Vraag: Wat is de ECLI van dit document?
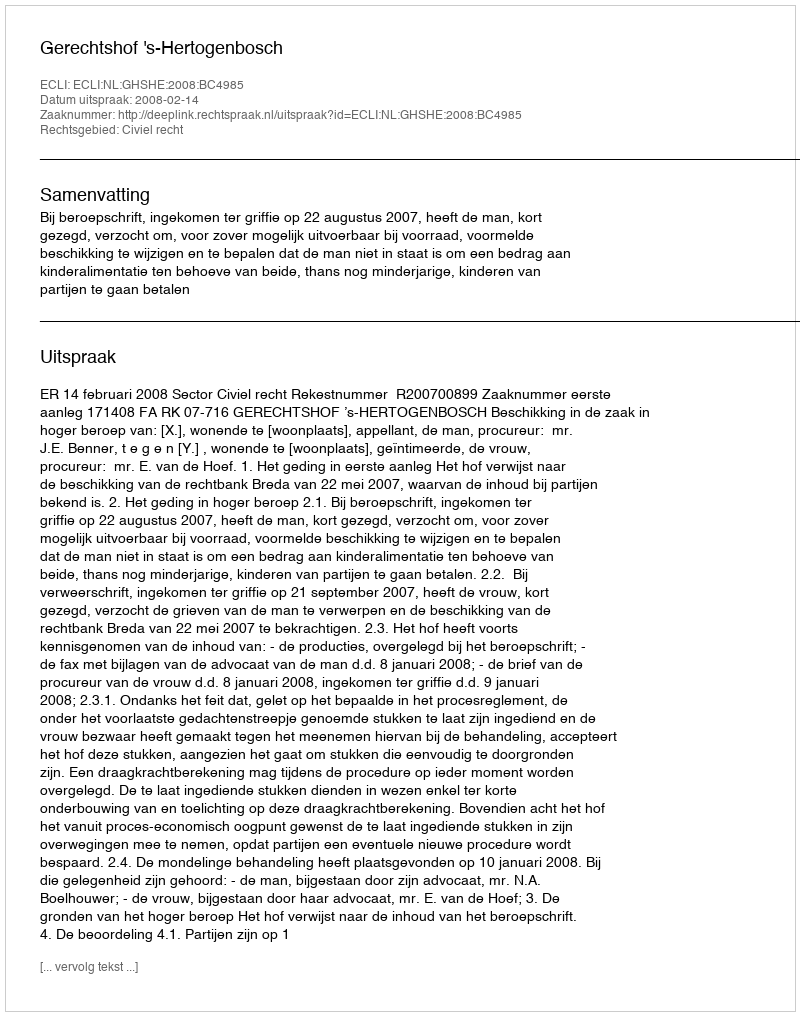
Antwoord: ECLI:NL:GHSHE:2008:BC4985